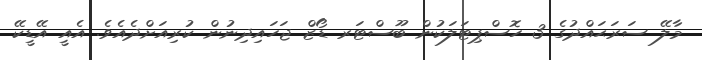
މާލޭ ސަރަޙައްދުގެ 3 ހޮސްޕިޓަލަކުން ބޫސްޓަރ ޑޯޒް ޖަހައިިދިނުން ކުރިއަށްދެއެވެ. އެއީ އޭޑީކޭ